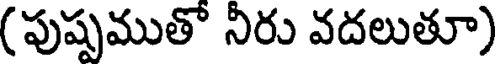
(పుష్పముతో నీరు వదలుతూ)